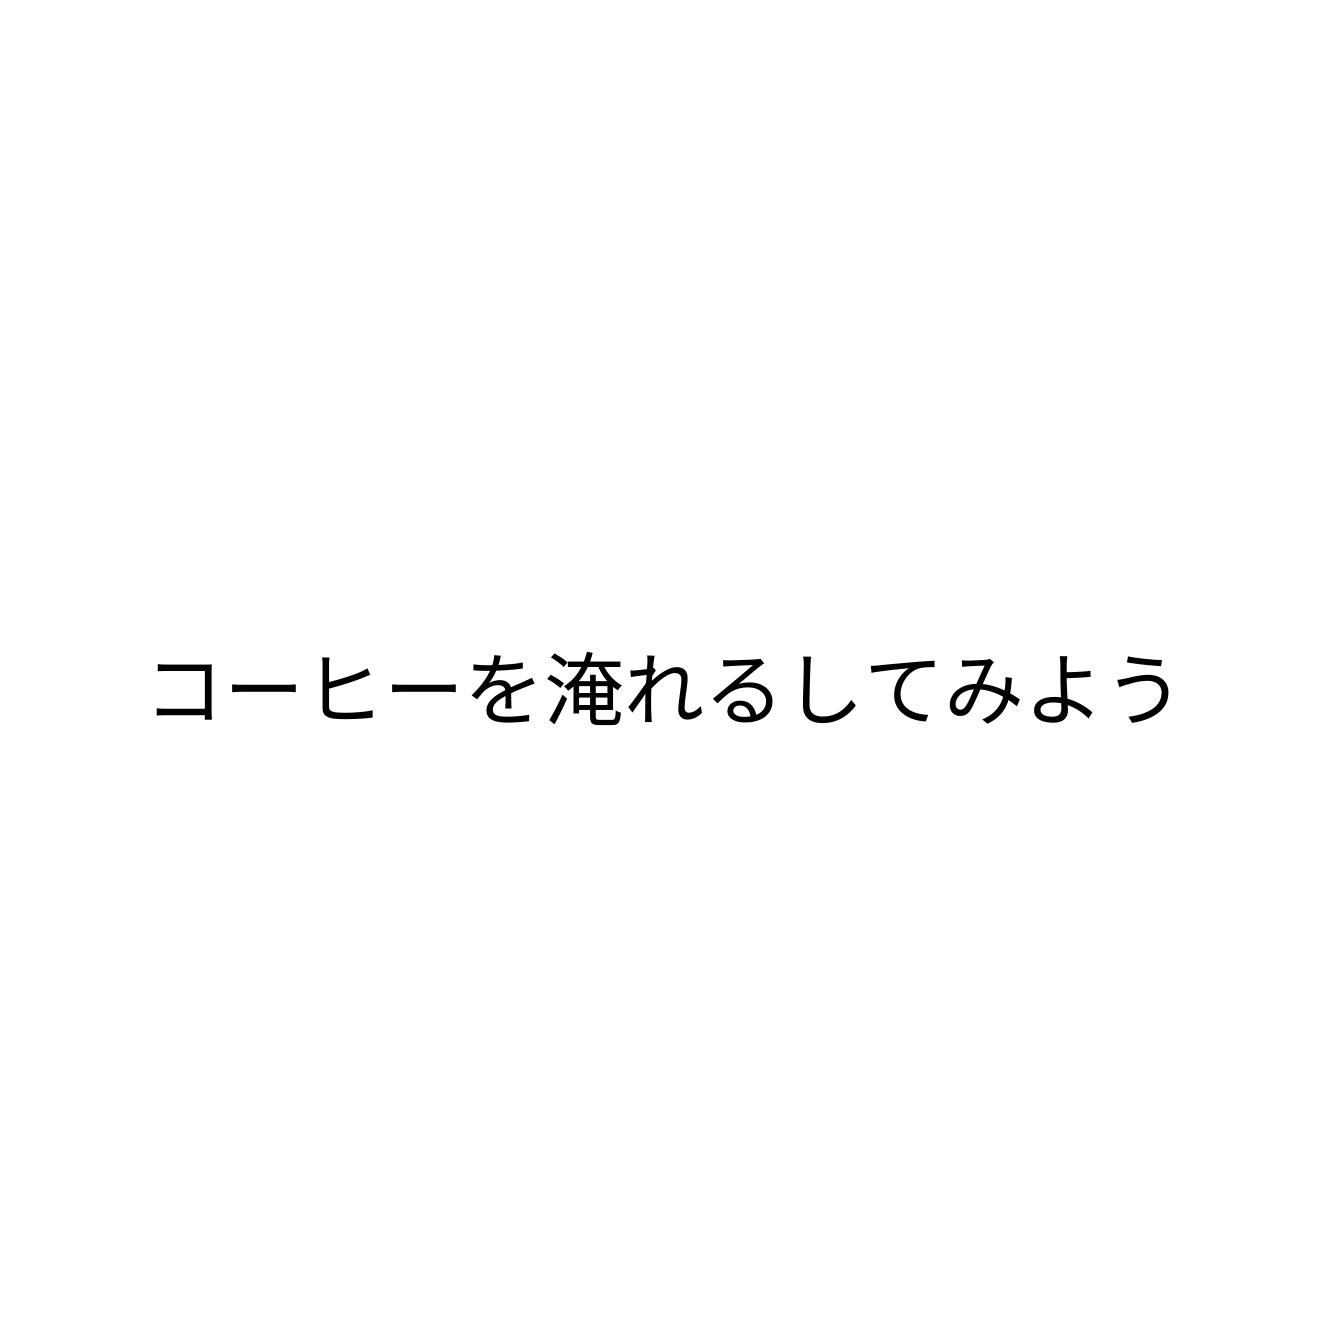
コーヒーを淹れるしてみよう